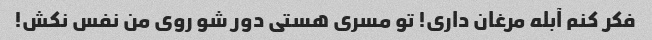
فکر کنم آبله مرغان داری! تو مسری هستی دور شو روی من نفس نکش!